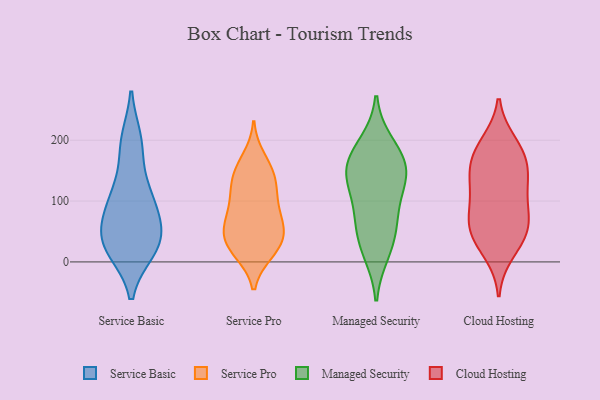
{"axis": {"x": "Backlog", "y": "Value"}, "legend": ["Cloud Hosting", "Managed Security", "Service Basic", "Service Pro"], "data": [{"x": "", "y": 25, "type": "Service Basic"}, {"x": "", "y": 191, "type": "Service Basic"}, {"x": "", "y": 45, "type": "Service Basic"}, {"x": "", "y": 113, "type": "Service Basic"}, {"x": "", "y": 199, "type": "Service Basic"}, {"x": "", "y": 23, "type": "Service Basic"}, {"x": "", "y": 44, "type": "Service Basic"}, {"x": "", "y": 20, "type": "Service Basic"}, {"x": "", "y": 69, "type": "Service Basic"}, {"x": "", "y": 113, "type": "Service Basic"}, {"x": "", "y": 92, "type": "Service Basic"}, {"x": "", "y": 71, "type": "Service Pro"}, {"x": "", "y": 170, "type": "Service Pro"}, {"x": "", "y": 16, "type": "Service Pro"}, {"x": "", "y": 22, "type": "Service Pro"}, {"x": "", "y": 46, "type": "Service Pro"}, {"x": "", "y": 109, "type": "Service Pro"}, {"x": "", "y": 149, "type": "Service Pro"}, {"x": "", "y": 51, "type": "Service Pro"}, {"x": "", "y": 58, "type": "Service Pro"}, {"x": "", "y": 125, "type": "Service Pro"}, {"x": "", "y": 134, "type": "Service Pro"}, {"x": "", "y": 86, "type": "Service Pro"}, {"x": "", "y": 151, "type": "Service Pro"}, {"x": "", "y": 101, "type": "Service Pro"}, {"x": "", "y": 16, "type": "Service Pro"}, {"x": "", "y": 31, "type": "Service Pro"}, {"x": "", "y": 54, "type": "Service Pro"}, {"x": "", "y": 138, "type": "Managed Security"}, {"x": "", "y": 35, "type": "Managed Security"}, {"x": "", "y": 75, "type": "Managed Security"}, {"x": "", "y": 194, "type": "Managed Security"}, {"x": "", "y": 175, "type": "Managed Security"}, {"x": "", "y": 15, "type": "Managed Security"}, {"x": "", "y": 152, "type": "Managed Security"}, {"x": "", "y": 73, "type": "Managed Security"}, {"x": "", "y": 152, "type": "Managed Security"}, {"x": "", "y": 125, "type": "Managed Security"}, {"x": "", "y": 16, "type": "Cloud Hosting"}, {"x": "", "y": 67, "type": "Cloud Hosting"}, {"x": "", "y": 99, "type": "Cloud Hosting"}, {"x": "", "y": 183, "type": "Cloud Hosting"}, {"x": "", "y": 129, "type": "Cloud Hosting"}, {"x": "", "y": 184, "type": "Cloud Hosting"}, {"x": "", "y": 36, "type": "Cloud Hosting"}, {"x": "", "y": 47, "type": "Cloud Hosting"}, {"x": "", "y": 144, "type": "Cloud Hosting"}, {"x": "", "y": 145, "type": "Cloud Hosting"}, {"x": "", "y": 99, "type": "Cloud Hosting"}, {"x": "", "y": 65, "type": "Cloud Hosting"}, {"x": "", "y": 195, "type": "Cloud Hosting"}, {"x": "", "y": 55, "type": "Cloud Hosting"}, {"x": "", "y": 157, "type": "Cloud Hosting"}]}